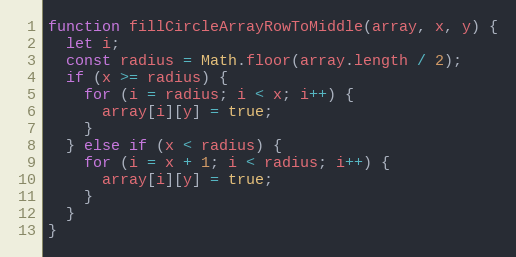
Language: JavaScript
function fillCircleArrayRowToMiddle(array, x, y) {
  let i;
  const radius = Math.floor(array.length / 2);
  if (x >= radius) {
    for (i = radius; i < x; i++) {
      array[i][y] = true;
    }
  } else if (x < radius) {
    for (i = x + 1; i < radius; i++) {
      array[i][y] = true;
    }
  }
}